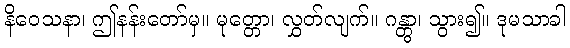
နိဝေသနာ၊ ဤနန်းတော်မှ။ မုတ္တော၊ လွှတ်လျက်။ ဂန္တွာ၊ သွား၍။ ဒုမသာခါ